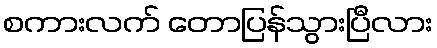
စကားလက် တောပြန်သွားပြီလား